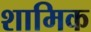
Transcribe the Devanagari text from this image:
शामिक